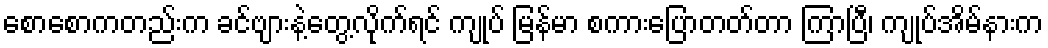
စောစောကတည်းက ခင်ဗျားနဲ့တွေ့လိုက်ရင် ကျုပ် မြန်မာ စကားပြောတတ်တာ ကြာပြီ၊ ကျုပ်အိမ်နားက